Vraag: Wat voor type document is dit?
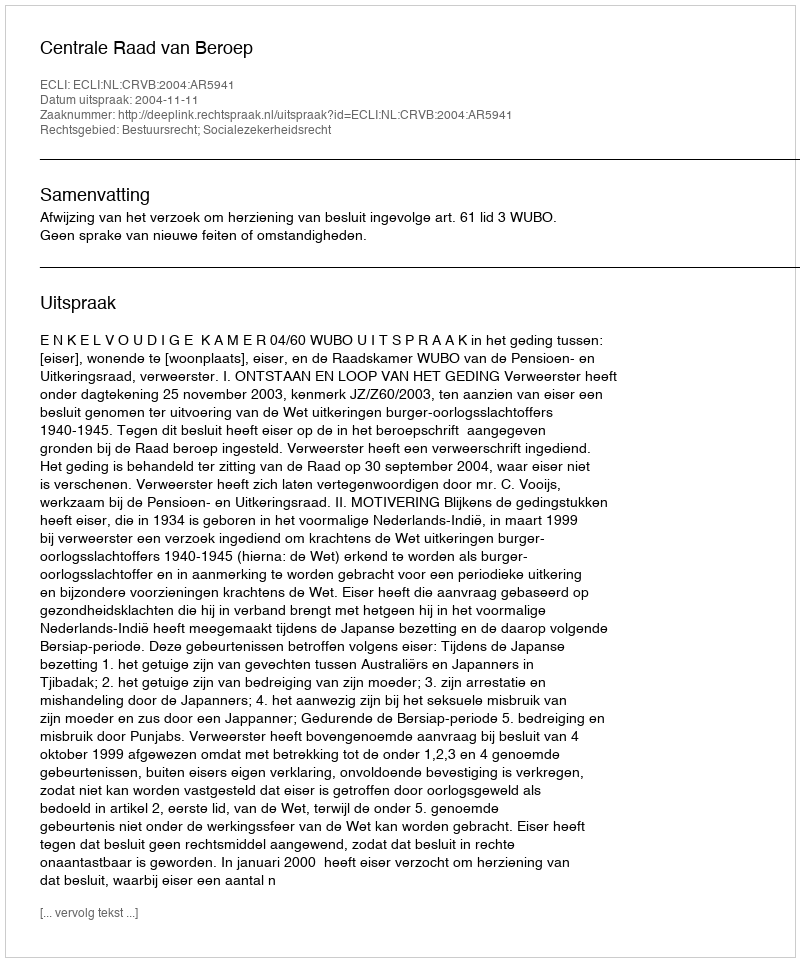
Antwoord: Uitspraak